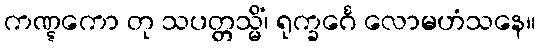
ကဏ္ဋကော တု သပတ္တသ္မိံ၊ ရုက္ခင်္ဂေ လောမဟံသနေ။